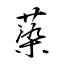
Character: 蒅